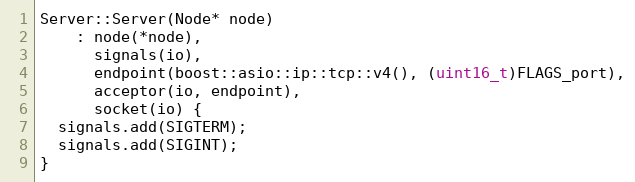
Language: C++
Server::Server(Node* node)
    : node(*node),
      signals(io),
      endpoint(boost::asio::ip::tcp::v4(), (uint16_t)FLAGS_port),
      acceptor(io, endpoint),
      socket(io) {
  signals.add(SIGTERM);
  signals.add(SIGINT);
}